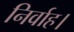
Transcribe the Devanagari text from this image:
निर्वाह।